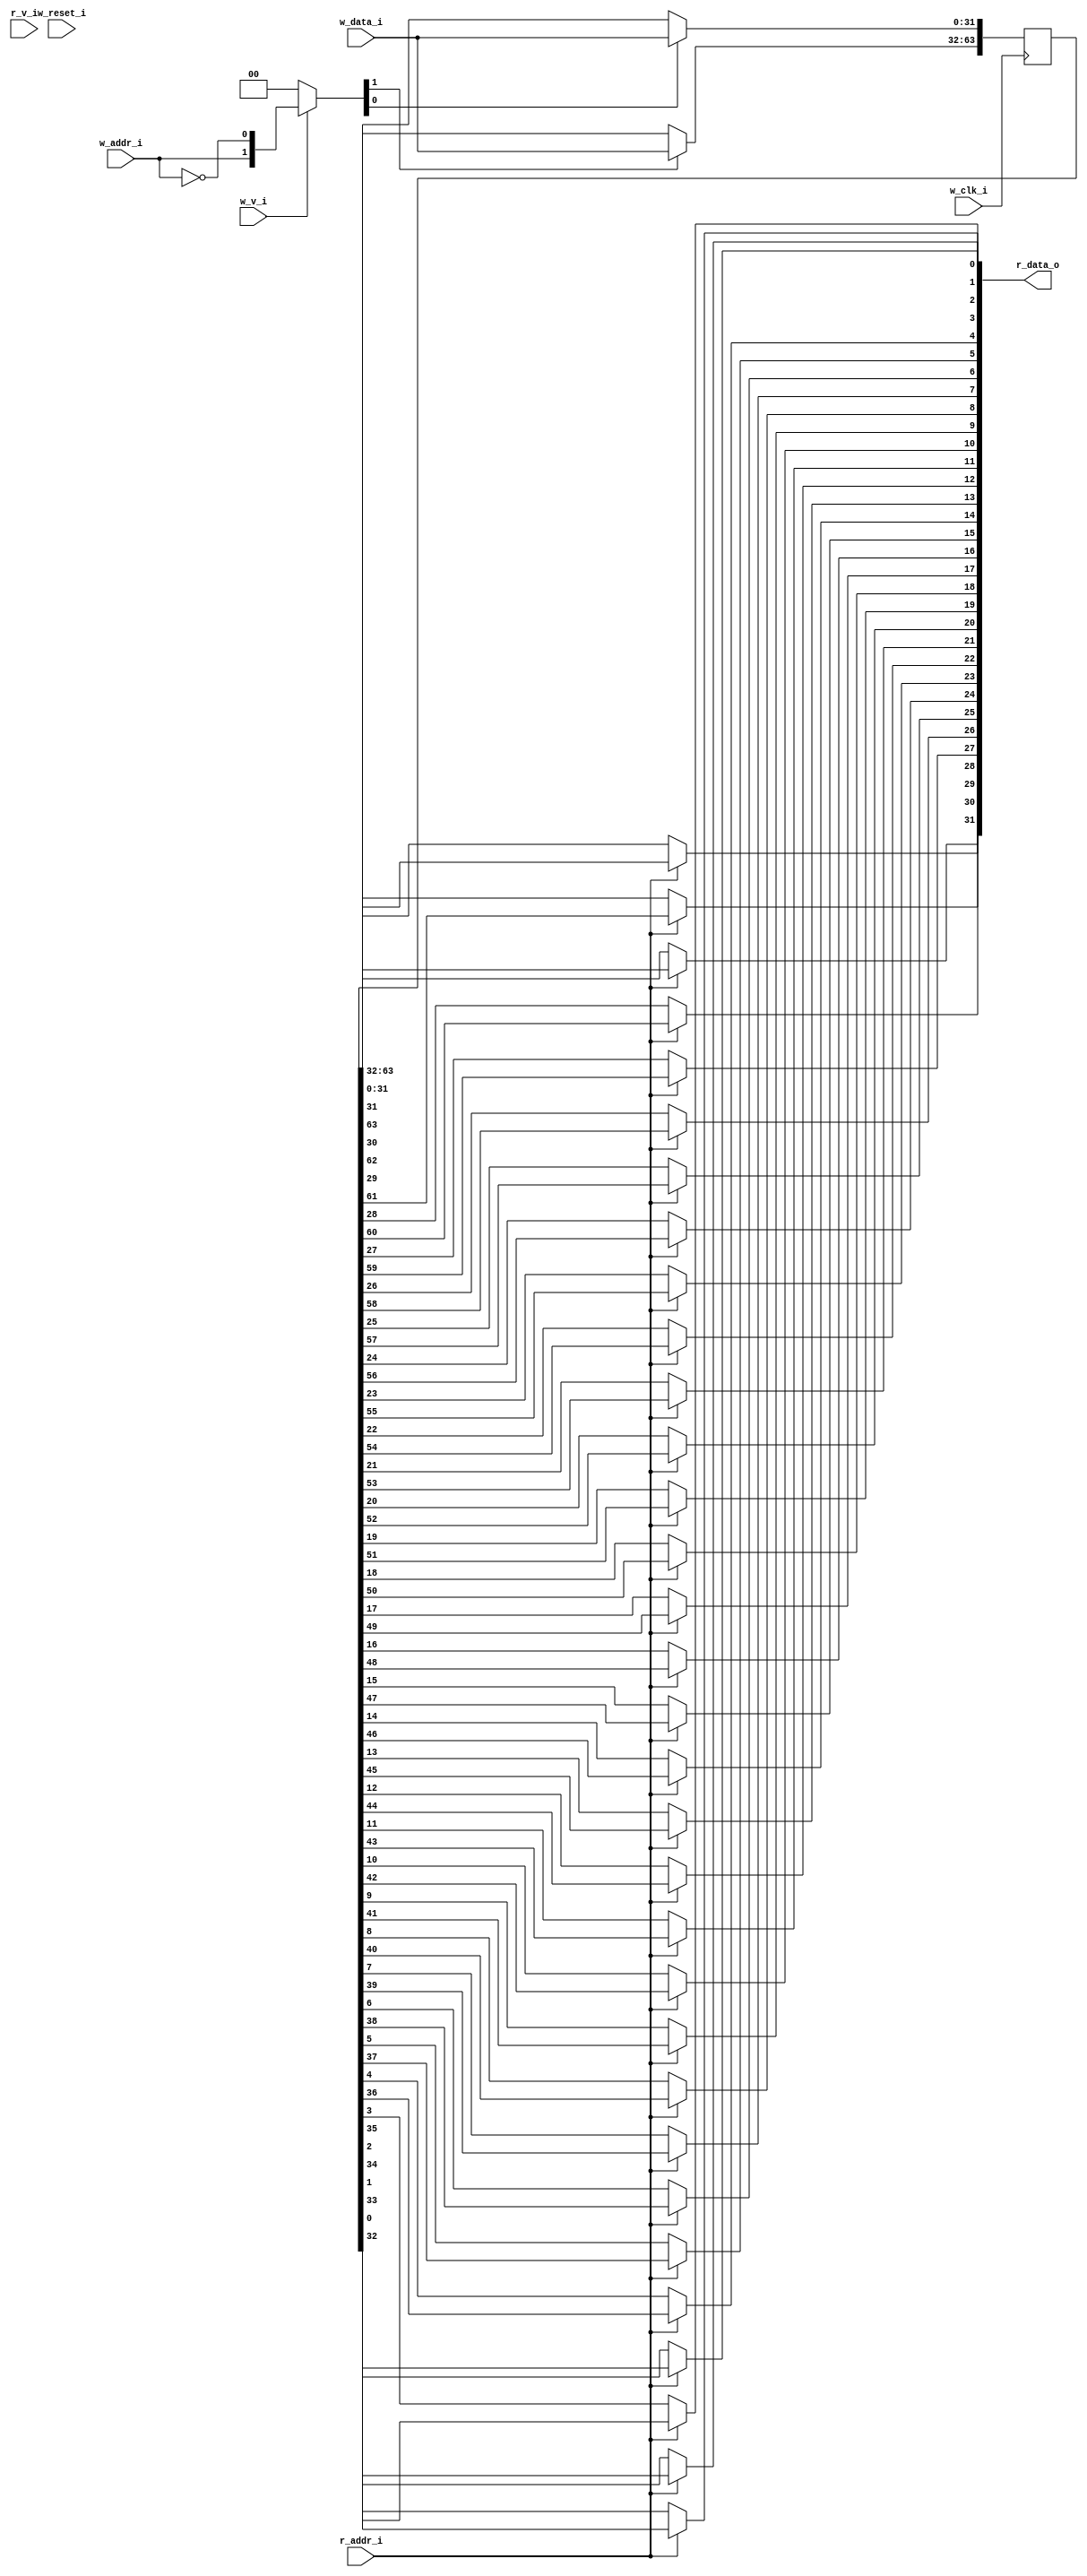
module bsg_mem_1r1w_synth_width_p32_els_p2_read_write_same_addr_p0_harden_p0
(
  w_clk_i,
  w_reset_i,
  w_v_i,
  w_addr_i,
  w_data_i,
  r_v_i,
  r_addr_i,
  r_data_o
);

  input [0:0] w_addr_i;
  input [31:0] w_data_i;
  input [0:0] r_addr_i;
  output [31:0] r_data_o;
  input w_clk_i;
  input w_reset_i;
  input w_v_i;
  input r_v_i;
  wire [31:0] r_data_o;
  wire N0,N1,N2,N3,N4,N5,N7,N8;
  reg [63:0] mem;
  assign r_data_o[31] = (N3)? mem[31] :
                        (N0)? mem[63] : 1'b0;
  assign N0 = r_addr_i[0];
  assign r_data_o[30] = (N3)? mem[30] :
                        (N0)? mem[62] : 1'b0;
  assign r_data_o[29] = (N3)? mem[29] :
                        (N0)? mem[61] : 1'b0;
  assign r_data_o[28] = (N3)? mem[28] :
                        (N0)? mem[60] : 1'b0;
  assign r_data_o[27] = (N3)? mem[27] :
                        (N0)? mem[59] : 1'b0;
  assign r_data_o[26] = (N3)? mem[26] :
                        (N0)? mem[58] : 1'b0;
  assign r_data_o[25] = (N3)? mem[25] :
                        (N0)? mem[57] : 1'b0;
  assign r_data_o[24] = (N3)? mem[24] :
                        (N0)? mem[56] : 1'b0;
  assign r_data_o[23] = (N3)? mem[23] :
                        (N0)? mem[55] : 1'b0;
  assign r_data_o[22] = (N3)? mem[22] :
                        (N0)? mem[54] : 1'b0;
  assign r_data_o[21] = (N3)? mem[21] :
                        (N0)? mem[53] : 1'b0;
  assign r_data_o[20] = (N3)? mem[20] :
                        (N0)? mem[52] : 1'b0;
  assign r_data_o[19] = (N3)? mem[19] :
                        (N0)? mem[51] : 1'b0;
  assign r_data_o[18] = (N3)? mem[18] :
                        (N0)? mem[50] : 1'b0;
  assign r_data_o[17] = (N3)? mem[17] :
                        (N0)? mem[49] : 1'b0;
  assign r_data_o[16] = (N3)? mem[16] :
                        (N0)? mem[48] : 1'b0;
  assign r_data_o[15] = (N3)? mem[15] :
                        (N0)? mem[47] : 1'b0;
  assign r_data_o[14] = (N3)? mem[14] :
                        (N0)? mem[46] : 1'b0;
  assign r_data_o[13] = (N3)? mem[13] :
                        (N0)? mem[45] : 1'b0;
  assign r_data_o[12] = (N3)? mem[12] :
                        (N0)? mem[44] : 1'b0;
  assign r_data_o[11] = (N3)? mem[11] :
                        (N0)? mem[43] : 1'b0;
  assign r_data_o[10] = (N3)? mem[10] :
                        (N0)? mem[42] : 1'b0;
  assign r_data_o[9] = (N3)? mem[9] :
                       (N0)? mem[41] : 1'b0;
  assign r_data_o[8] = (N3)? mem[8] :
                       (N0)? mem[40] : 1'b0;
  assign r_data_o[7] = (N3)? mem[7] :
                       (N0)? mem[39] : 1'b0;
  assign r_data_o[6] = (N3)? mem[6] :
                       (N0)? mem[38] : 1'b0;
  assign r_data_o[5] = (N3)? mem[5] :
                       (N0)? mem[37] : 1'b0;
  assign r_data_o[4] = (N3)? mem[4] :
                       (N0)? mem[36] : 1'b0;
  assign r_data_o[3] = (N3)? mem[3] :
                       (N0)? mem[35] : 1'b0;
  assign r_data_o[2] = (N3)? mem[2] :
                       (N0)? mem[34] : 1'b0;
  assign r_data_o[1] = (N3)? mem[1] :
                       (N0)? mem[33] : 1'b0;
  assign r_data_o[0] = (N3)? mem[0] :
                       (N0)? mem[32] : 1'b0;
  assign N5 = ~w_addr_i[0];
  assign { N8, N7 } = (N1)? { w_addr_i[0:0], N5 } :
                      (N2)? { 1'b0, 1'b0 } : 1'b0;
  assign N1 = w_v_i;
  assign N2 = N4;
  assign N3 = ~r_addr_i[0];
  assign N4 = ~w_v_i;

  always @(posedge w_clk_i) begin
    if(N8) begin
      { mem[63:32] } <= { w_data_i[31:0] };
    end
    if(N7) begin
      { mem[31:0] } <= { w_data_i[31:0] };
    end
  end


endmodule